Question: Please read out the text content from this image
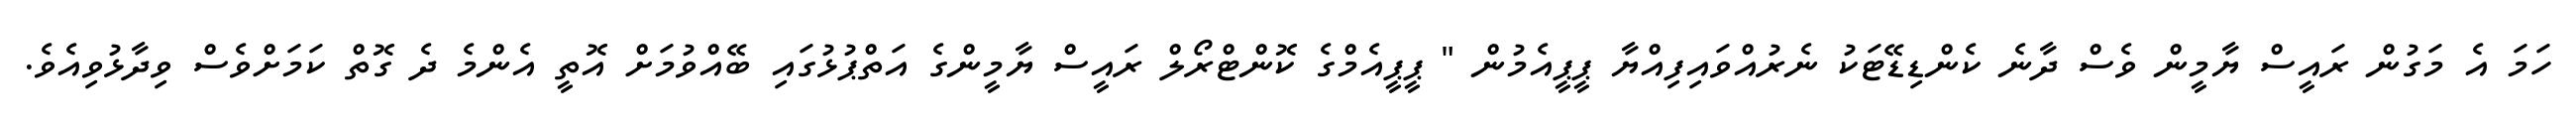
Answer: ހަމަ އެ މަގުން ރައީސް ޔާމީން ވެސް ދާނެ ކެންޑިޑޭޓަކު ނެރުއްވައިފިއްޔާ ޕީޕީއެމުން " ޕީޕީއެމްގެ ކޮންޓްރޯލް ރައީސް ޔާމީންގެ އަތްޕުޅުގައި ބޭއްވުމަށް އޮތީ އެންމެ ދެ ގޮތް ކަމަށްވެސް ވިދާޅުވިއެވެ.